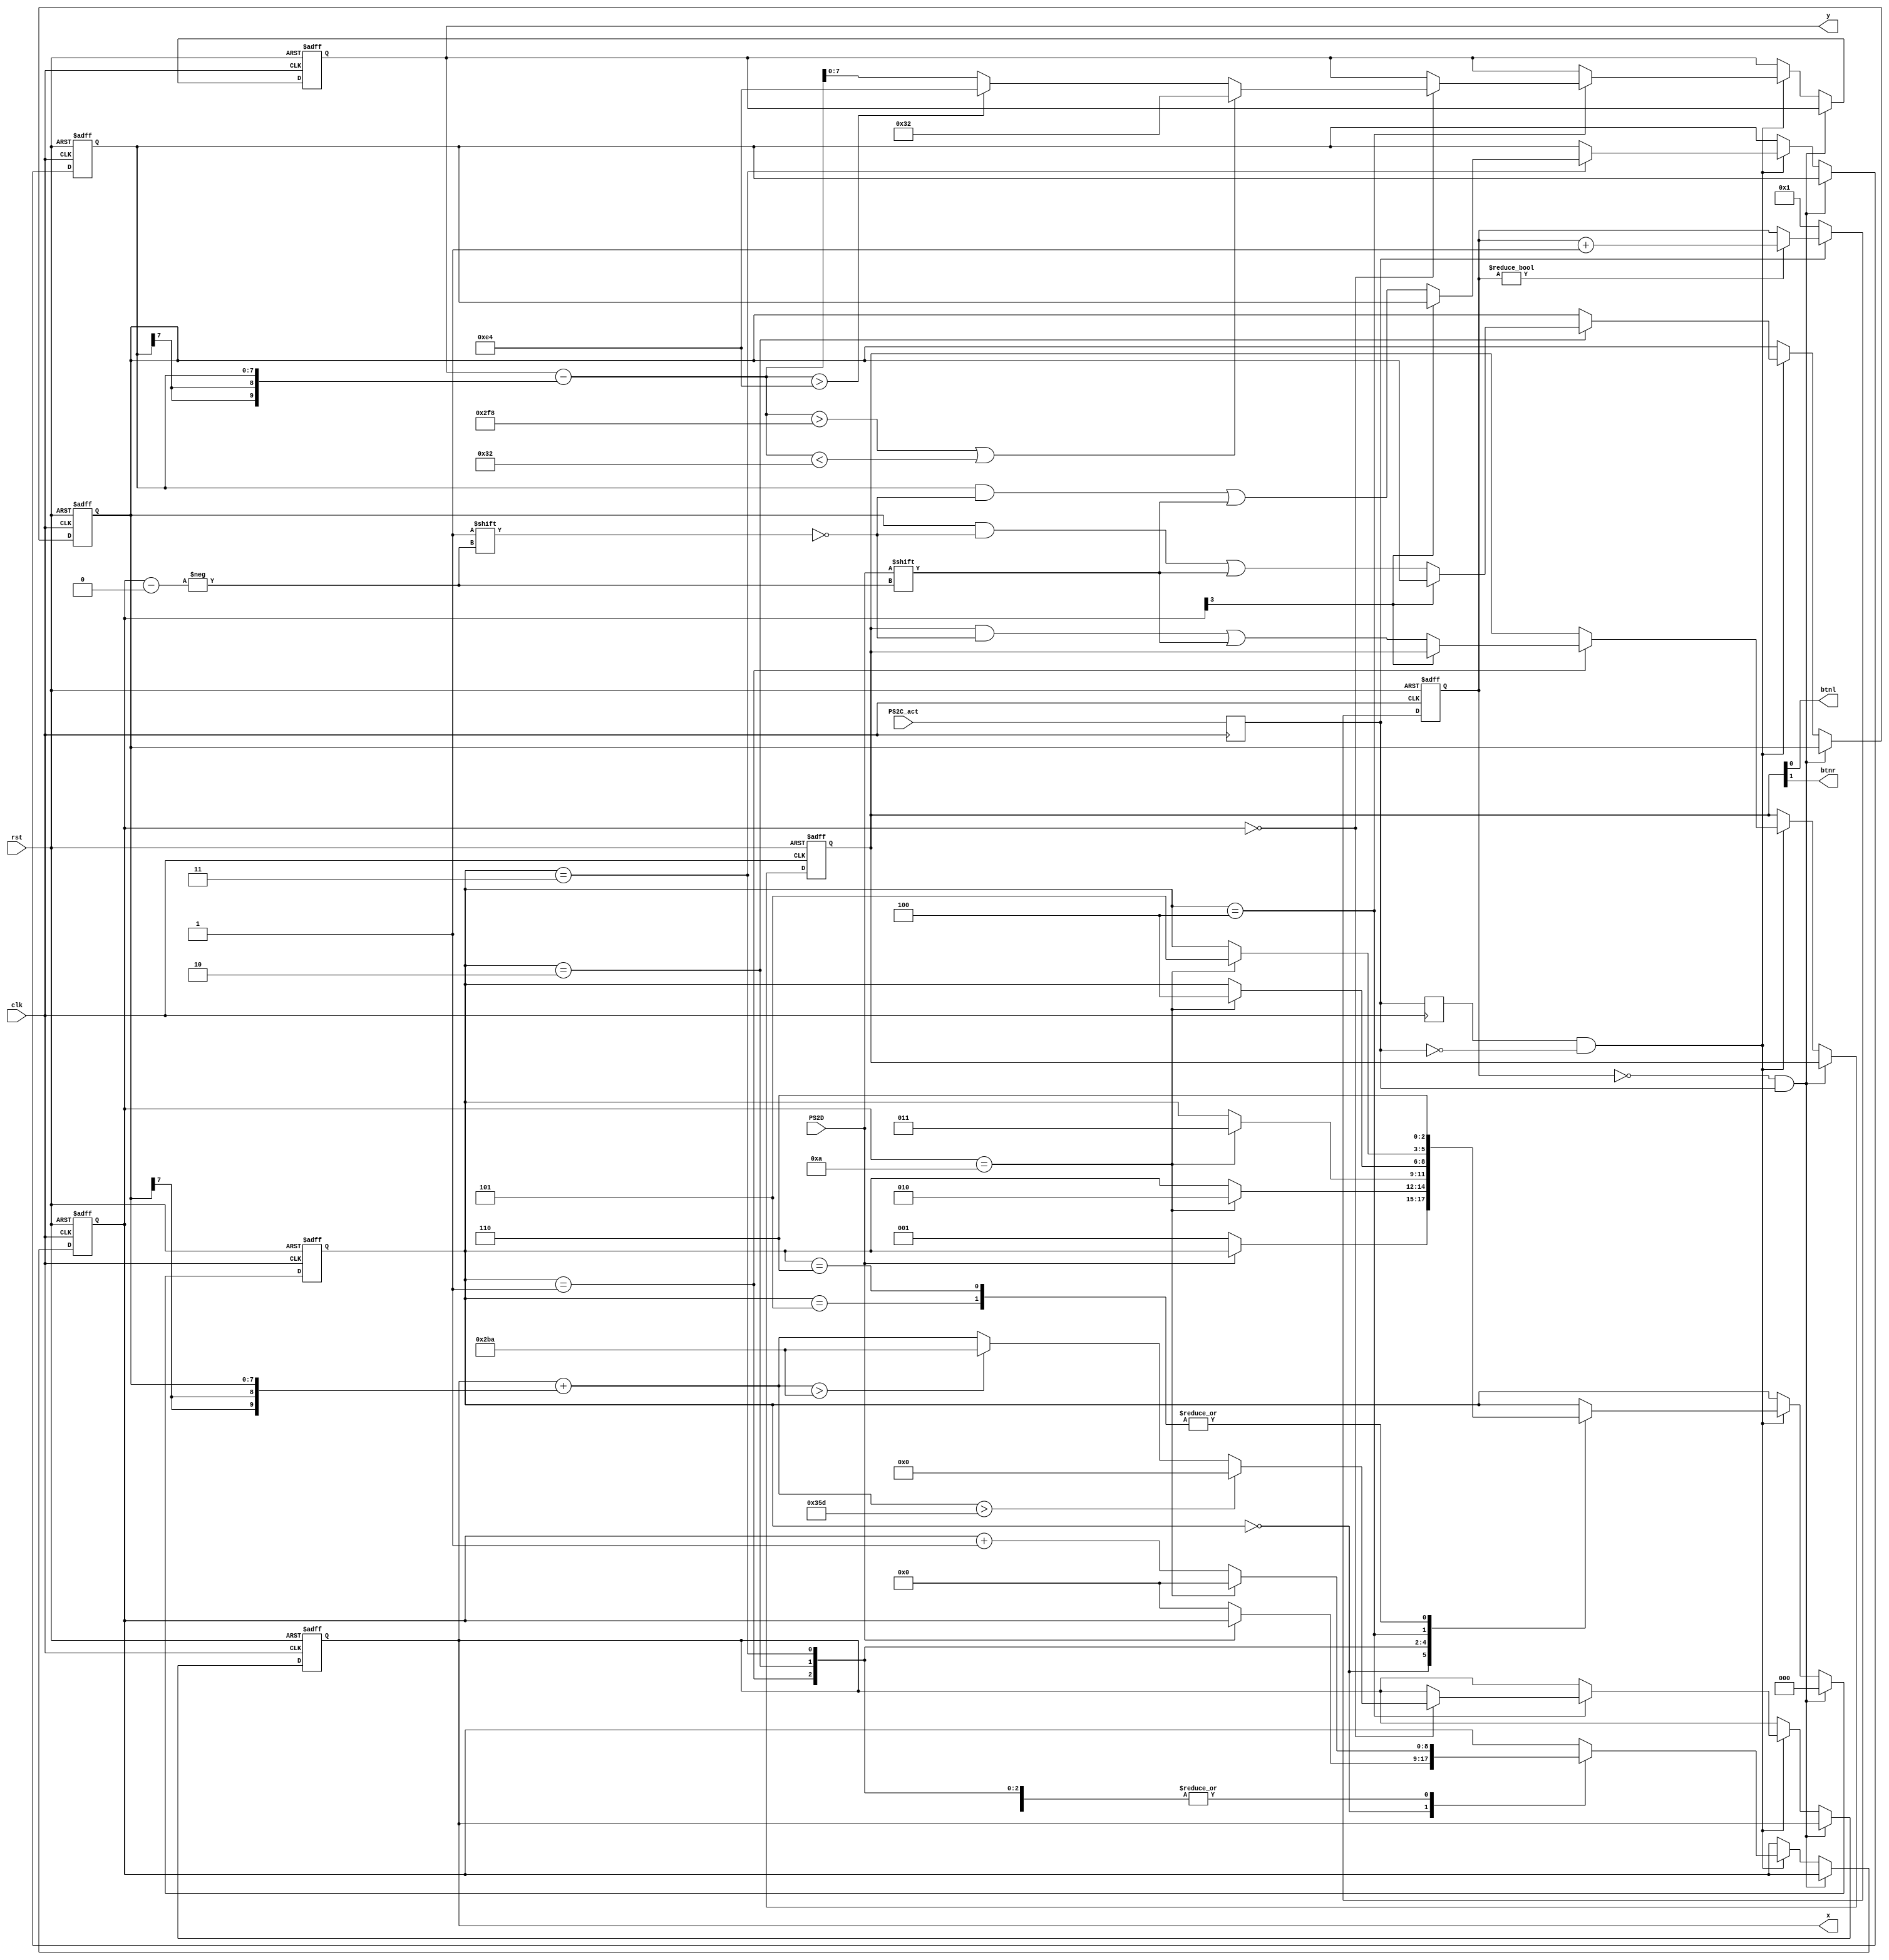
module mouse(
	input clk,         // 
	input rst,         // 
	input PS2C_act,    // PS/2
	input PS2D,        // PS/2
	output reg [9:0]x, // X
	output reg [7:0]y, // Y
	output btnl,       // 
	output btnr        // 
);

	// 
	reg PS2C;
	always@(posedge clk) PS2C <= PS2C_act;

	// 4
	reg [7:0]w1;
	reg [7:0]w2;
	reg [7:0]w3;
	reg [7:0]w4;
	reg [12:0]idlec;
	always@(posedge clk or posedge rst) begin
		if(rst) idlec <= 1;
		else if(~PS2C) idlec <= 1;
		else if(idlec != 0) idlec <= idlec + 1;
	end
	assign idle = (idlec == 0);

	// 
	reg oldps2c;
	always@(posedge clk) begin
		oldps2c <= PS2C;
	end

	wire [9:0]newx;
	wire [9:0]newy;
	assign newx = x + {w2[7], w2[7], w2};
	assign newy = {2'b00, y} - {w3[7], w3[7], w3};

	reg [2:0]state;
	reg [8:0]step;
	always@(posedge clk or posedge rst) begin
		if(rst) begin
			w1 <= 0;
			w2 <= 0;
			w3 <= 0;
			w4 <= 0;
			x <= 349;
			y <= 114;
			state <= 7;
			step <= 0;
		end
		else if(idle && PS2C) state <= 0;
		else if(oldps2c & ~PS2C) case(state)
			0: if(~PS2D) begin
					state <= 1;
					step <= 0;
				end
			1: begin
				if(step[3] == 0) w1[step] <= PS2D;
				if(step == 10)	state <= 2;
				if(step == 10) step <= 0;
				else step <= step + 1;
			end
			2: begin
				if(step[3] == 0) w2[step] <= PS2D;
				if(step == 10)	state <= 3;
				if(step == 10) step <= 0;
				else step <= step + 1;
			end
			3: begin
				if(step[3] == 0) w3[step] <= PS2D;
				if(step == 10)	state <= 4;
				if(step == 10) step <= 0;
				else step <= step + 1;
			end
			4: begin
				if(step[3] == 0) w4[step] <= PS2D;
				if(step == 10)	state <= 5;
				if(step == 10) step <= 0;
				else step <= step + 1;
				if(step == 0) begin
					x <= newx > 861 ? 0 : newx > 698 ? 698 : newx;
					y <= (newy > 760) || (newy < 50) ? 50 : newy > 228 ? 228 : newy;
				end
			end
			5: begin
				state <= 6;
			end
			6: begin
				state <= 6;
			end
		endcase
	end

	assign btnl = w1[0];
	assign btnr = w1[1];

endmodule